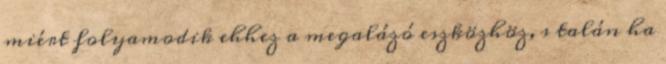
miért folyamodik ehhez a megalázó eszközhöz, s talán ha